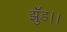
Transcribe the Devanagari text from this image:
झुँड।।